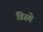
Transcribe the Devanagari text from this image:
डिस्मे